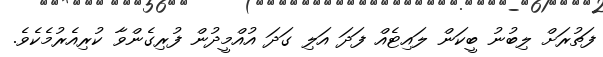
ފަތުރަށް ލިބުނު ބީކަން ލައިޓެއް ފަދަ އަލި ގަދަ އުއްމީދުން ފުރިގެންވާ ކުރިއެރުމެކެވެ.